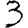
Digit: 3